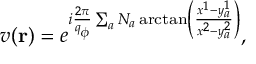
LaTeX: v ( { \bf r } ) = e ^ { i { \frac { 2 \pi } { q _ { \phi } } } \sum _ { a } N _ { a } \arctan \left( \frac { x ^ { 1 } - y _ { a } ^ { 1 } } { x ^ { 2 } - y _ { a } ^ { 2 } } \right) } ,